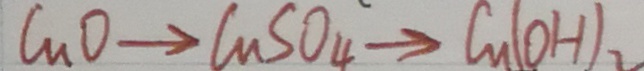
C u O \rightarrow C u S O _ { 4 } \rightarrow C u ( O H ) _ { 2 }